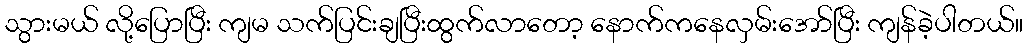
သွားမယ် လို့ပြောပြီး ကျမ သက်ပြင်းချပြီးထွက်လာတော့ နောက်ကနေလှမ်းအော်ပြီး ကျန်ခဲ့ပါတယ်။